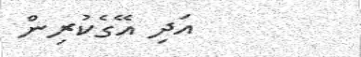
އަދި އޭގެކުރިން